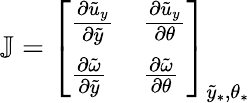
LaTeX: {\mathbb J}=\left[\begin{array}{ll}{\frac{\partial\tilde{u}_{y}}{\partial\tilde{y}}}&{\frac{\partial\tilde{u}_{y}}{\partial\theta}}\\ {\frac{\partial\tilde{\omega}}{\partial\tilde{y}}}&{\frac{\partial\tilde{\omega}}{\partial\theta}}\end{array}\right]_{\tilde{y}_{\ast},\theta_{\ast}}